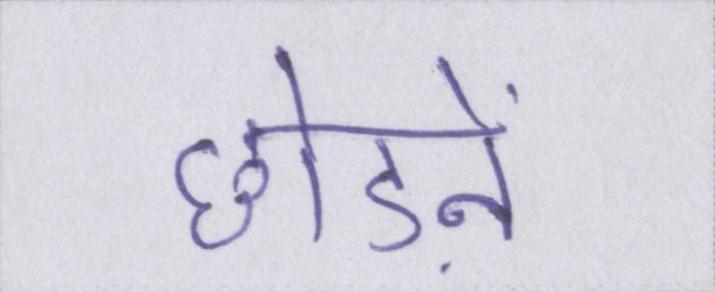
छोडऩे